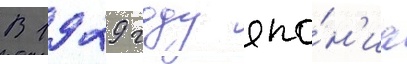
В 1929 году япо́н'иа